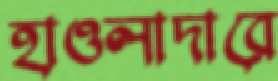
হাওলাদারে